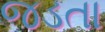
જડતા